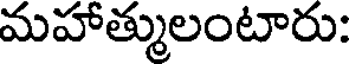
మహాత్ములంటారు: